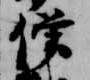
僧